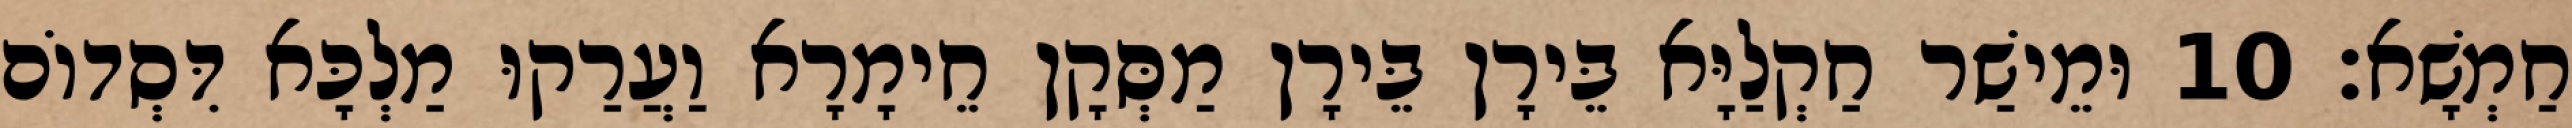
חַמְשָׁא׃ 10 וּמֵישַׁר חַקְלַיָּא בֵּירָן בֵּירָן מַסְּקָן חֵימָרָא וַעֲרַקוּ מַלְכָּא דִּסְדוֹם